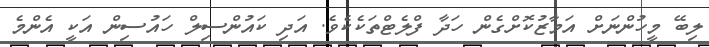
ލިބޭ މީހުންނަށް އަމާޒުކޮށްގެން ހަދާ ފްލެޓްތަކެކެވެ. އަދި ކައުންސިލް ހައުސިން އަކީ އެންމެ